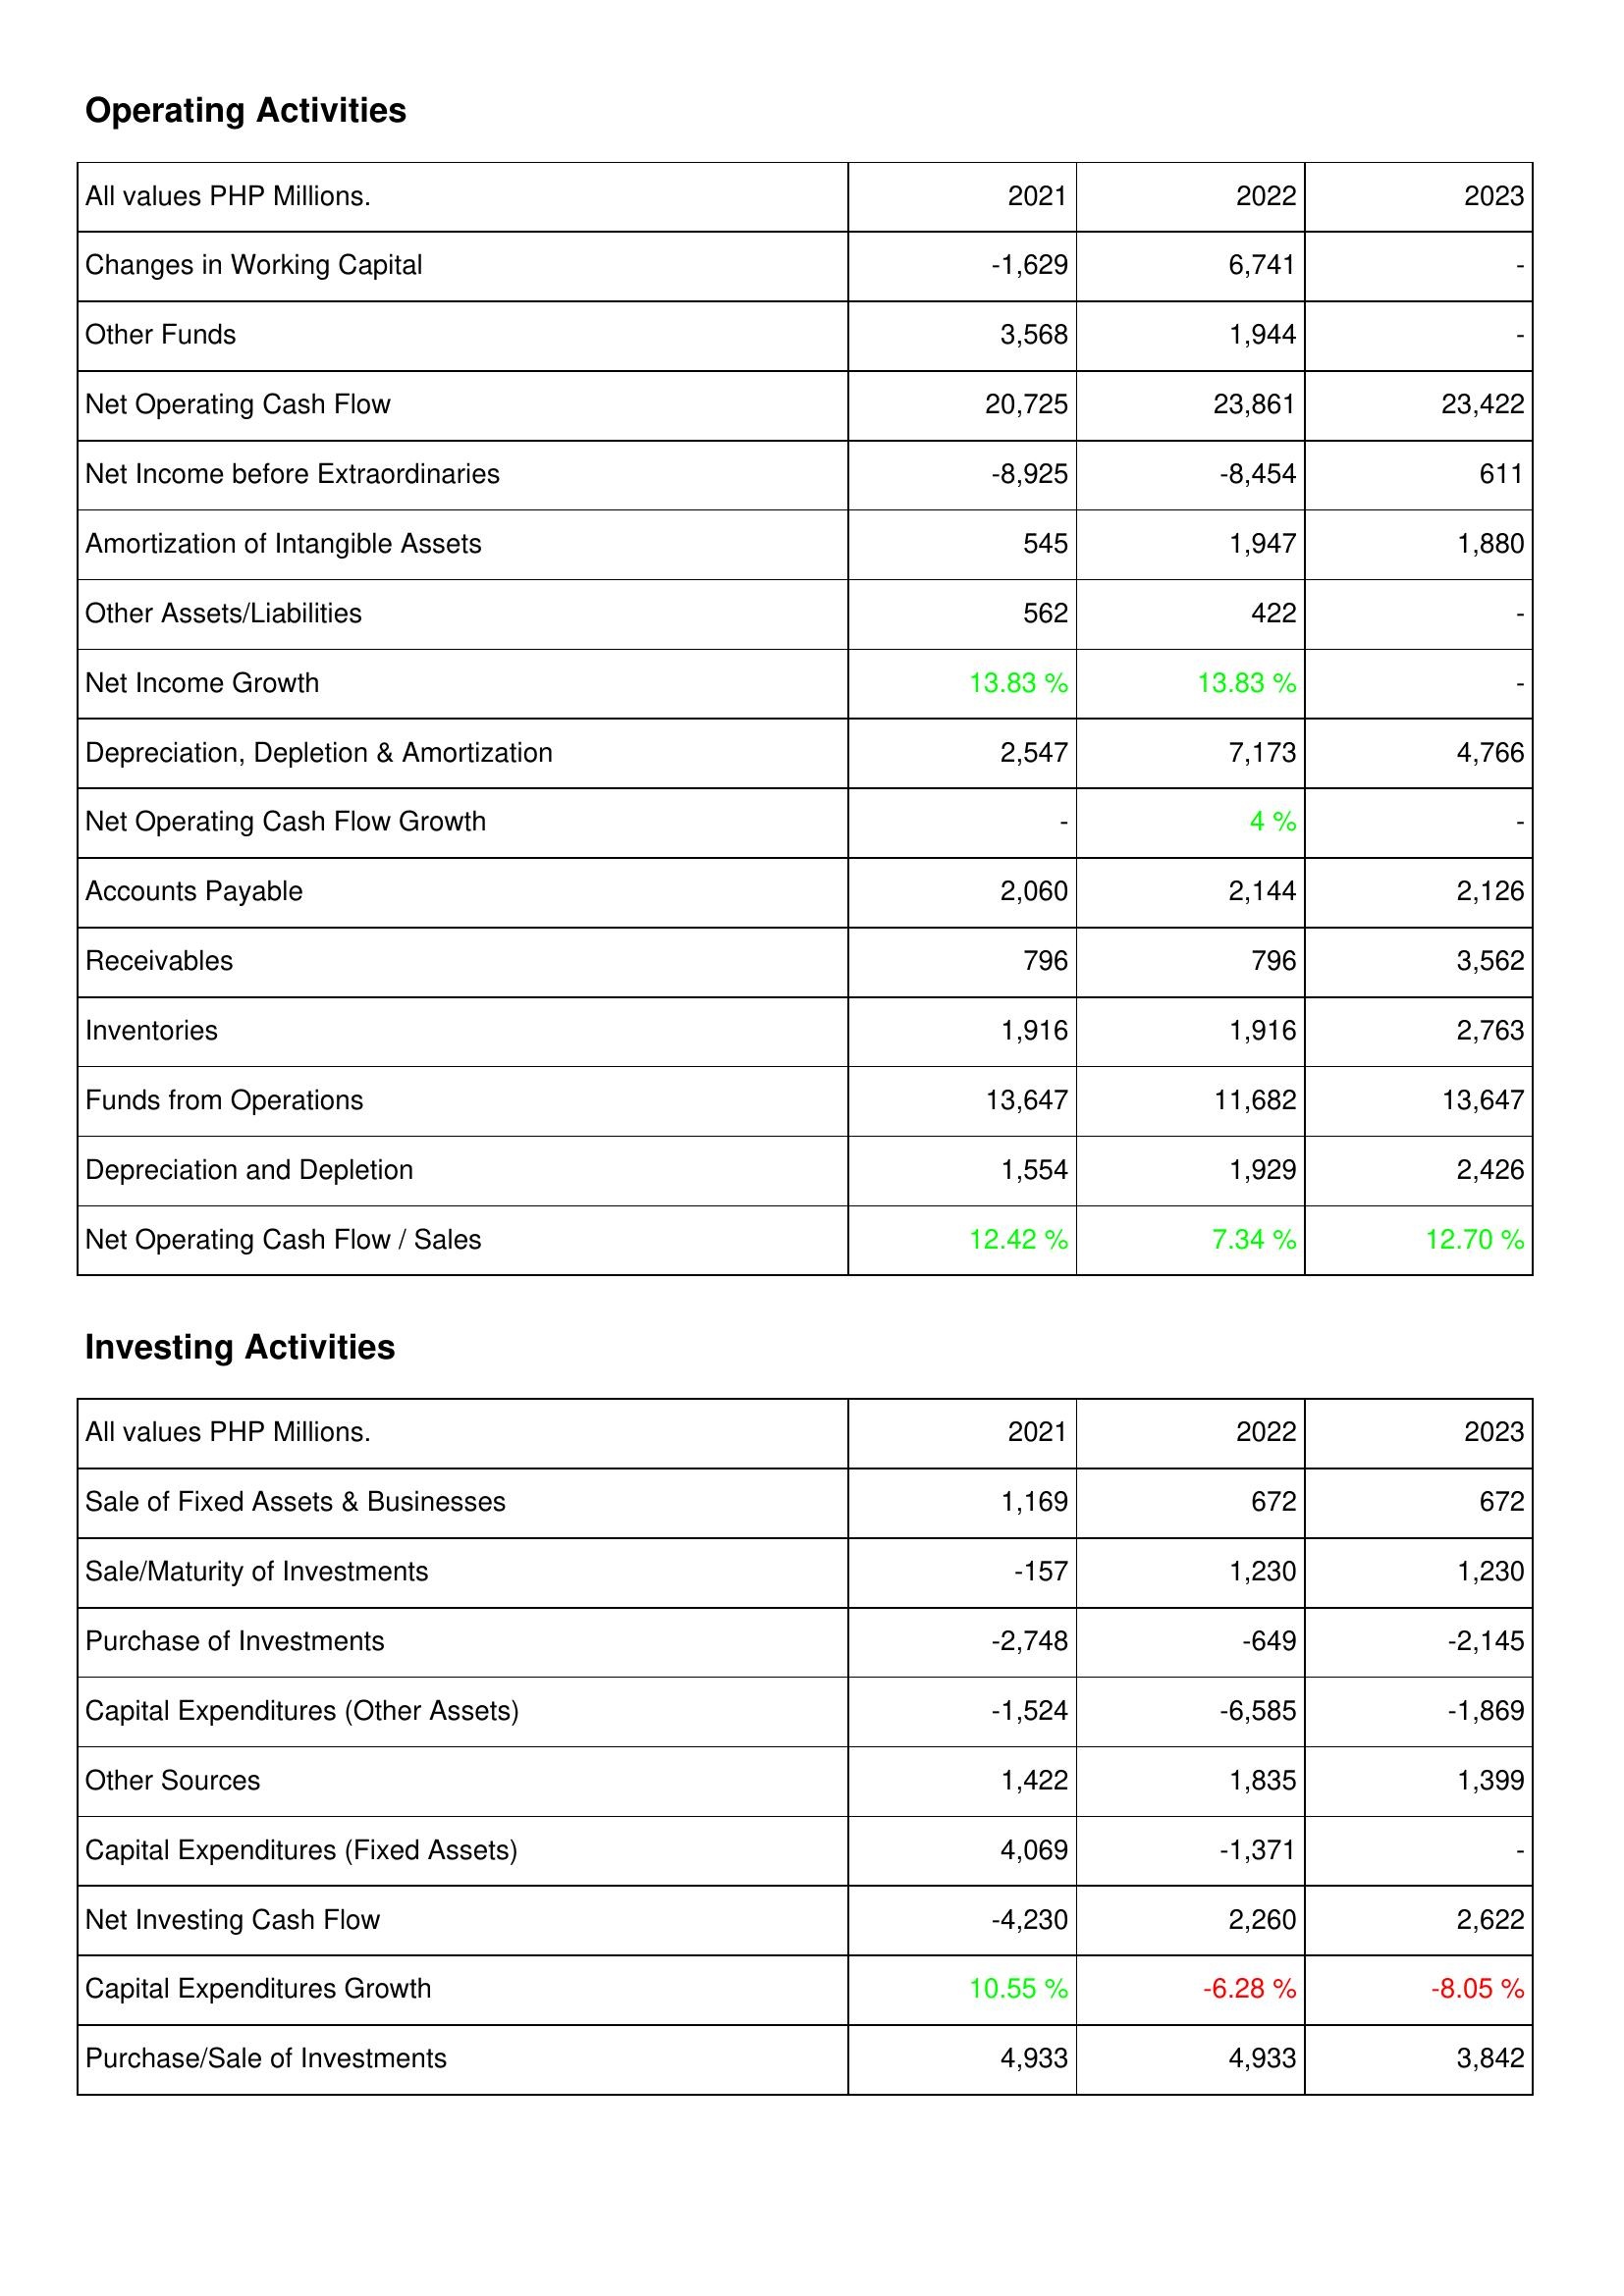
2021: Operating Activities: Changes in Working Capital: -1,629
Other Funds: 3,568
Net Operating Cash Flow: 20,725
Net Income before Extraordinaries: -8,925
Amortization of Intangible Assets: 545
Other Assets/Liabilities: 562
Net Income Growth: 13.83 %
Depreciation, Depletion & Amortization: 2,547
Net Operating Cash Flow Growth: -
Accounts Payable: 2,060
Receivables: 796
Inventories: 1,916
Funds from Operations: 13,647
Depreciation and Depletion: 1,554
Net Operating Cash Flow / Sales: 12.42 %
Investing Activities: Sale of Fixed Assets & Businesses: 1,169
Sale/Maturity of Investments: -157
Purchase of Investments: -2,748
Capital Expenditures (Other Assets): -1,524
Other Sources: 1,422
Capital Expenditures (Fixed Assets): 4,069
Net Investing Cash Flow: -4,230
Capital Expenditures Growth: 10.55 %
Purchase/Sale of Investments: 4,933
2022: Operating Activities: Changes in Working Capital: 6,741
Other Funds: 1,944
Net Operating Cash Flow: 23,861
Net Income before Extraordinaries: -8,454
Amortization of Intangible Assets: 1,947
Other Assets/Liabilities: 422
Net Income Growth: 13.83 %
Depreciation, Depletion & Amortization: 7,173
Net Operating Cash Flow Growth: 4 %
Accounts Payable: 2,144
Receivables: 796
Inventories: 1,916
Funds from Operations: 11,682
Depreciation and Depletion: 1,929
Net Operating Cash Flow / Sales: 7.34 %
Investing Activities: Sale of Fixed Assets & Businesses: 672
Sale/Maturity of Investments: 1,230
Purchase of Investments: -649
Capital Expenditures (Other Assets): -6,585
Other Sources: 1,835
Capital Expenditures (Fixed Assets): -1,371
Net Investing Cash Flow: 2,260
Capital Expenditures Growth: -6.28 %
Purchase/Sale of Investments: 4,933
2023: Operating Activities: Changes in Working Capital: -
Other Funds: -
Net Operating Cash Flow: 23,422
Net Income before Extraordinaries: 611
Amortization of Intangible Assets: 1,880
Other Assets/Liabilities: -
Net Income Growth: -
Depreciation, Depletion & Amortization: 4,766
Net Operating Cash Flow Growth: -
Accounts Payable: 2,126
Receivables: 3,562
Inventories: 2,763
Funds from Operations: 13,647
Depreciation and Depletion: 2,426
Net Operating Cash Flow / Sales: 12.70 %
Investing Activities: Sale of Fixed Assets & Businesses: 672
Sale/Maturity of Investments: 1,230
Purchase of Investments: -2,145
Capital Expenditures (Other Assets): -1,869
Other Sources: 1,399
Capital Expenditures (Fixed Assets): -
Net Investing Cash Flow: 2,622
Capital Expenditures Growth: -8.05 %
Purchase/Sale of Investments: 3,842